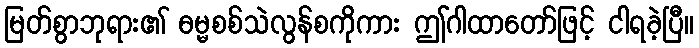
မြတ်စွာဘုရား၏ ဓမ္မစစ်သဲလွန်စကိုကား ဤဂါထာတော်ဖြင့် ငါရခဲ့ပြီ။